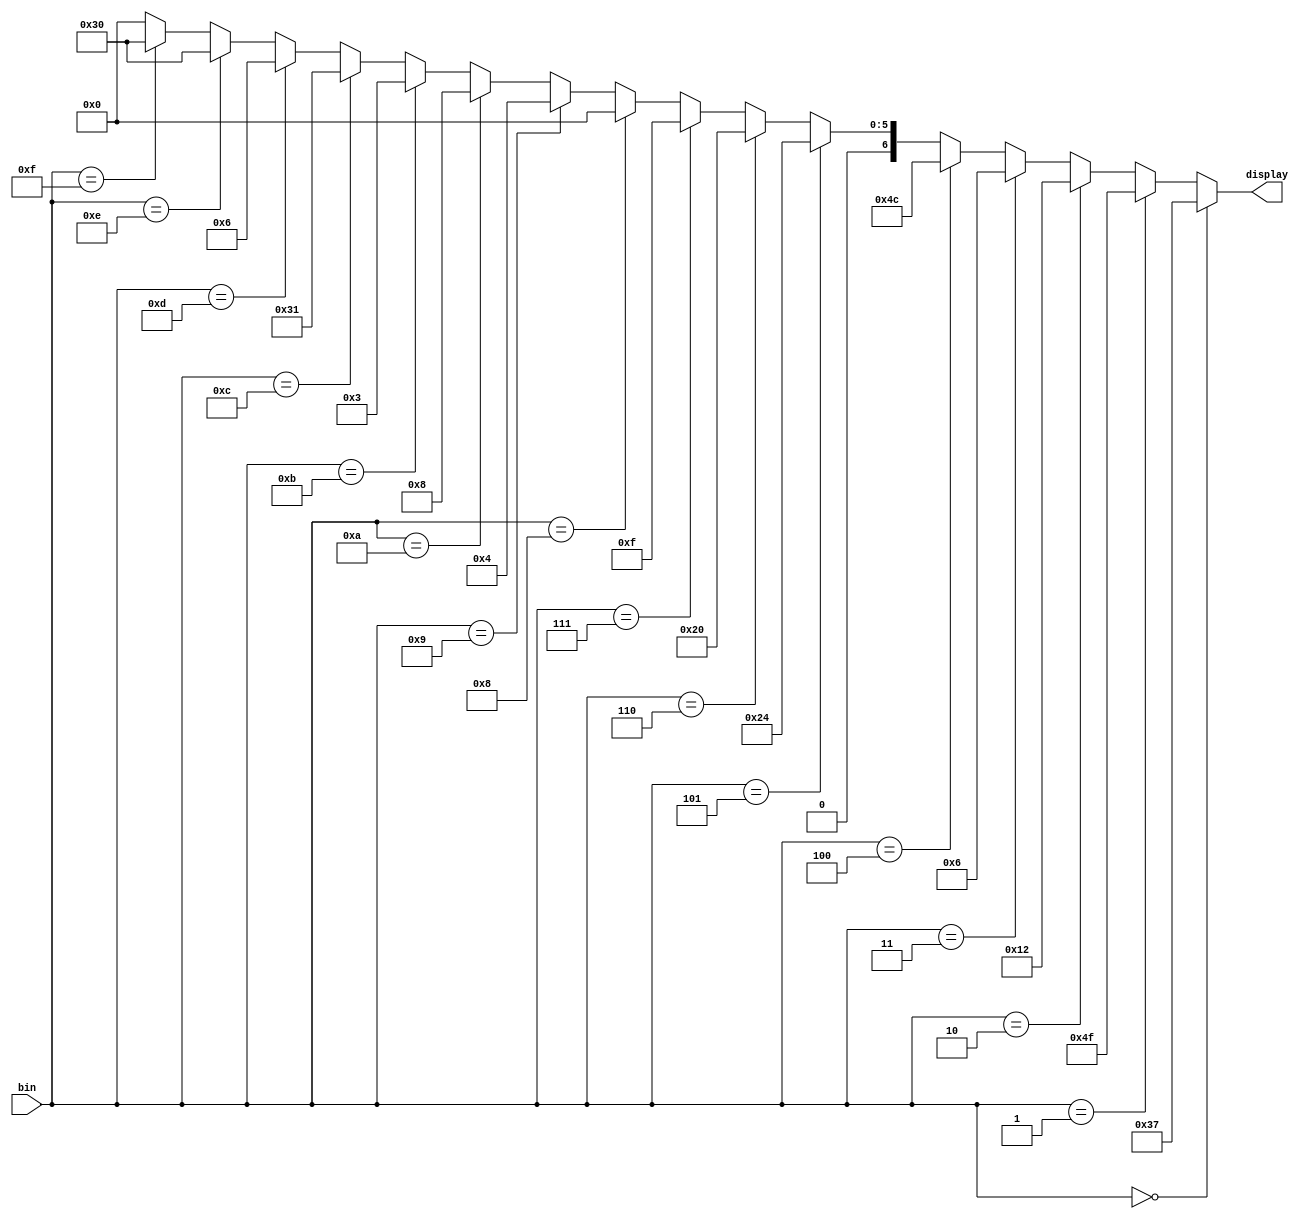
`timescale 1ns / 1ps
//////////////////////////////////////////////////////////////////////////////////
// Company: 
// Engineer: 
// 
// Design Name: 
// Module Name:    Decodificador1 
// Project Name: 
// Target Devices: 
// Tool versions: 
// Description: 
//
// Dependencies: 
//
// Revision: 
// Revision 0.01 - File Created
// Additional Comments: 
//
//////////////////////////////////////////////////////////////////////////////////
module Decodificador1(
    input [3:0] bin,
    output[6:0] display
    );
	 
assign display= (bin==4'b0000) ? 7'b0110111://0
				    (bin==4'b0001) ? 7'b1001111://1
				    (bin==4'b0010) ? 7'b0010010://2
				    (bin==4'b0011) ? 7'b0000110://3
				    (bin==4'b0100) ? 7'b1001100://4
				    (bin==4'b0101) ? 7'b0100100://5
				    (bin==4'b0110) ? 7'b0100000://6
				    (bin==4'b0111) ? 7'b0001111://7
				    (bin==4'b1000) ? 7'b0000000://8
				    (bin==4'b1001) ? 7'b0000100://9
				    (bin==4'b1010) ? 7'b0001000://A
				    (bin==4'b1011) ? 7'b0000011://B
				    (bin==4'b1100) ? 7'b0110001://C
				    (bin==4'b1101) ? 7'b0000110://D
				    (bin==4'b1110) ? 7'b0110000://E
				    (bin==4'b1111) ? 7'b0110000://f
				    7'b0000000;
				
			
				
					
endmodule